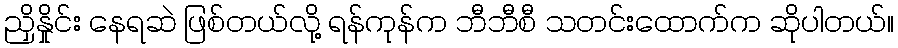
ညှိနှိုင်း နေရဆဲ ဖြစ်တယ်လို့ ရန်ကုန်က ဘီဘီစီ သတင်းထောက်က ဆိုပါတယ်။